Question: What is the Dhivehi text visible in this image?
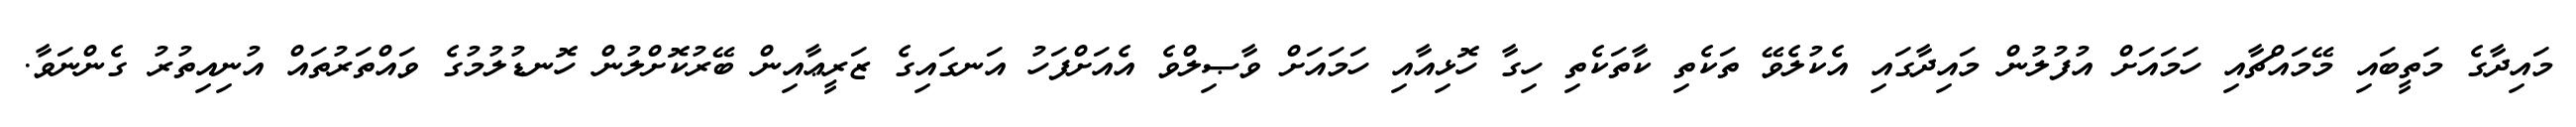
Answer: މައިދާގެ މަތީބައި މޭމައްޗާއި ހަމައަށް އުފުލުން މައިދާގައި އެކުލެވޭ ތަކެތި ކާތަކެތި ހިގާ ހޮޅިއާއި ހަމައަށް ވާޞިލްވެ އެއަށްފަހު އަނގައިގެ ޒަރީޢާއިން ބޭރުކޮށްލުން ހޮނޑުލުމުގެ ވައްތަރުތައް އުނިއިތުރު ގެންނަވާ.